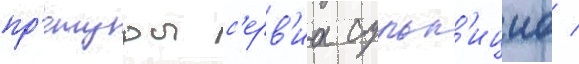
пр'етуры с'ерв'иа сульп'ициа /